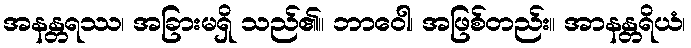
အနန္တရဿ၊ အခြားမရှိ သည်၏။ ဘာဝေါ၊ အဖြစ်တည်း။ အာနန္တရိယံ၊